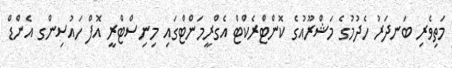
މަތިވެރި ބަނދަރު ހެދުމުގެ މަޝްރޫއުގެ ކޮންޓްރެކްޓް އެގްރީމަންޓްގައި މިނިސްޓްރީ އޮފް ހައުސިންގ އެންޑް